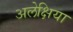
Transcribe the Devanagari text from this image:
अलेक्षिया